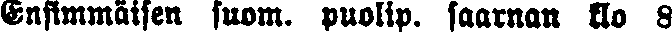
Ensimmäisen suom. puolip. saarnan klo 8